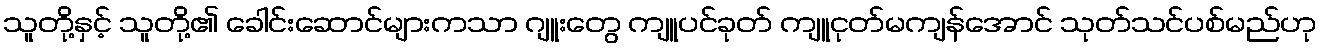
သူတို့နှင့် သူတို့၏ ခေါင်းဆောင်များကသာ ဂျူးတွေ ကျူပင်ခုတ် ကျူငုတ်မကျန်အောင် သုတ်သင်ပစ်မည်ဟု